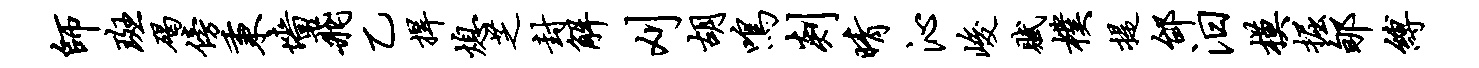
师斑碣傍秉墙飞乙捍熄芝封解刈胡鸣剡晴沁峻赋朴提邰汨模掘郇缚